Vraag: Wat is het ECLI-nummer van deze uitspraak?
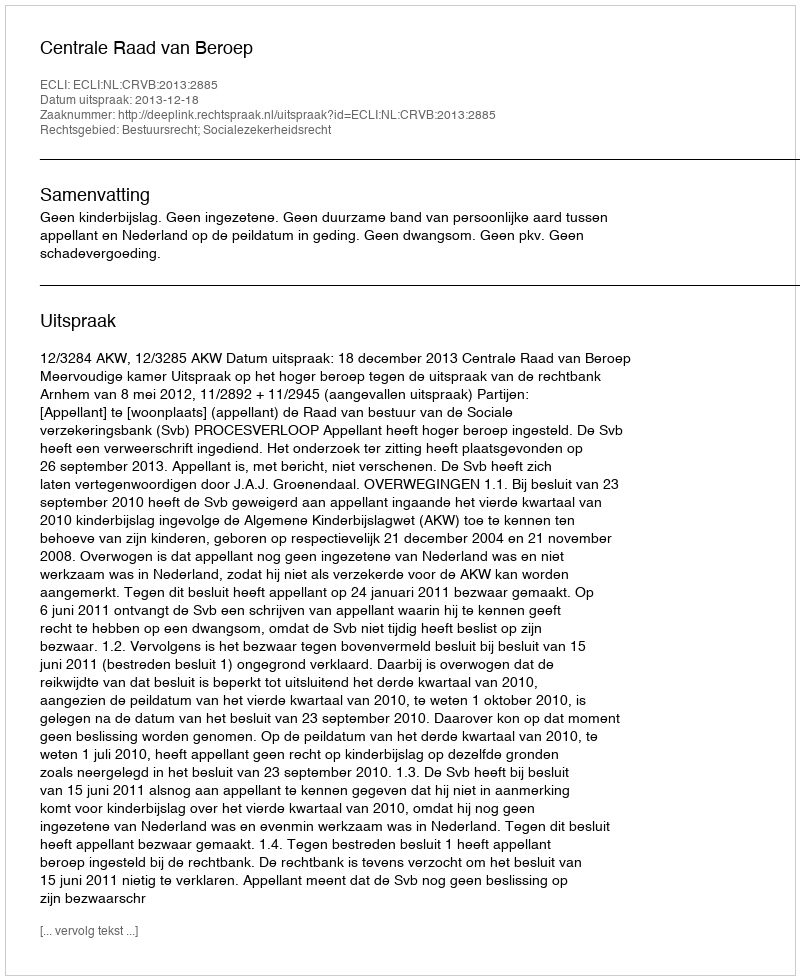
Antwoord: ECLI:NL:CRVB:2013:2885